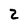
Character: 2